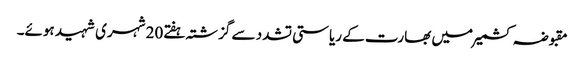
مقبوضہ کشمیرمیں بھارت کے ریاستی تشدد سے گزشتہ ہفتے20 شہری شہید ہوئے۔